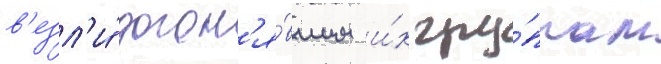
в'езл'и́ догон'я́вшим и́х гру́ппам